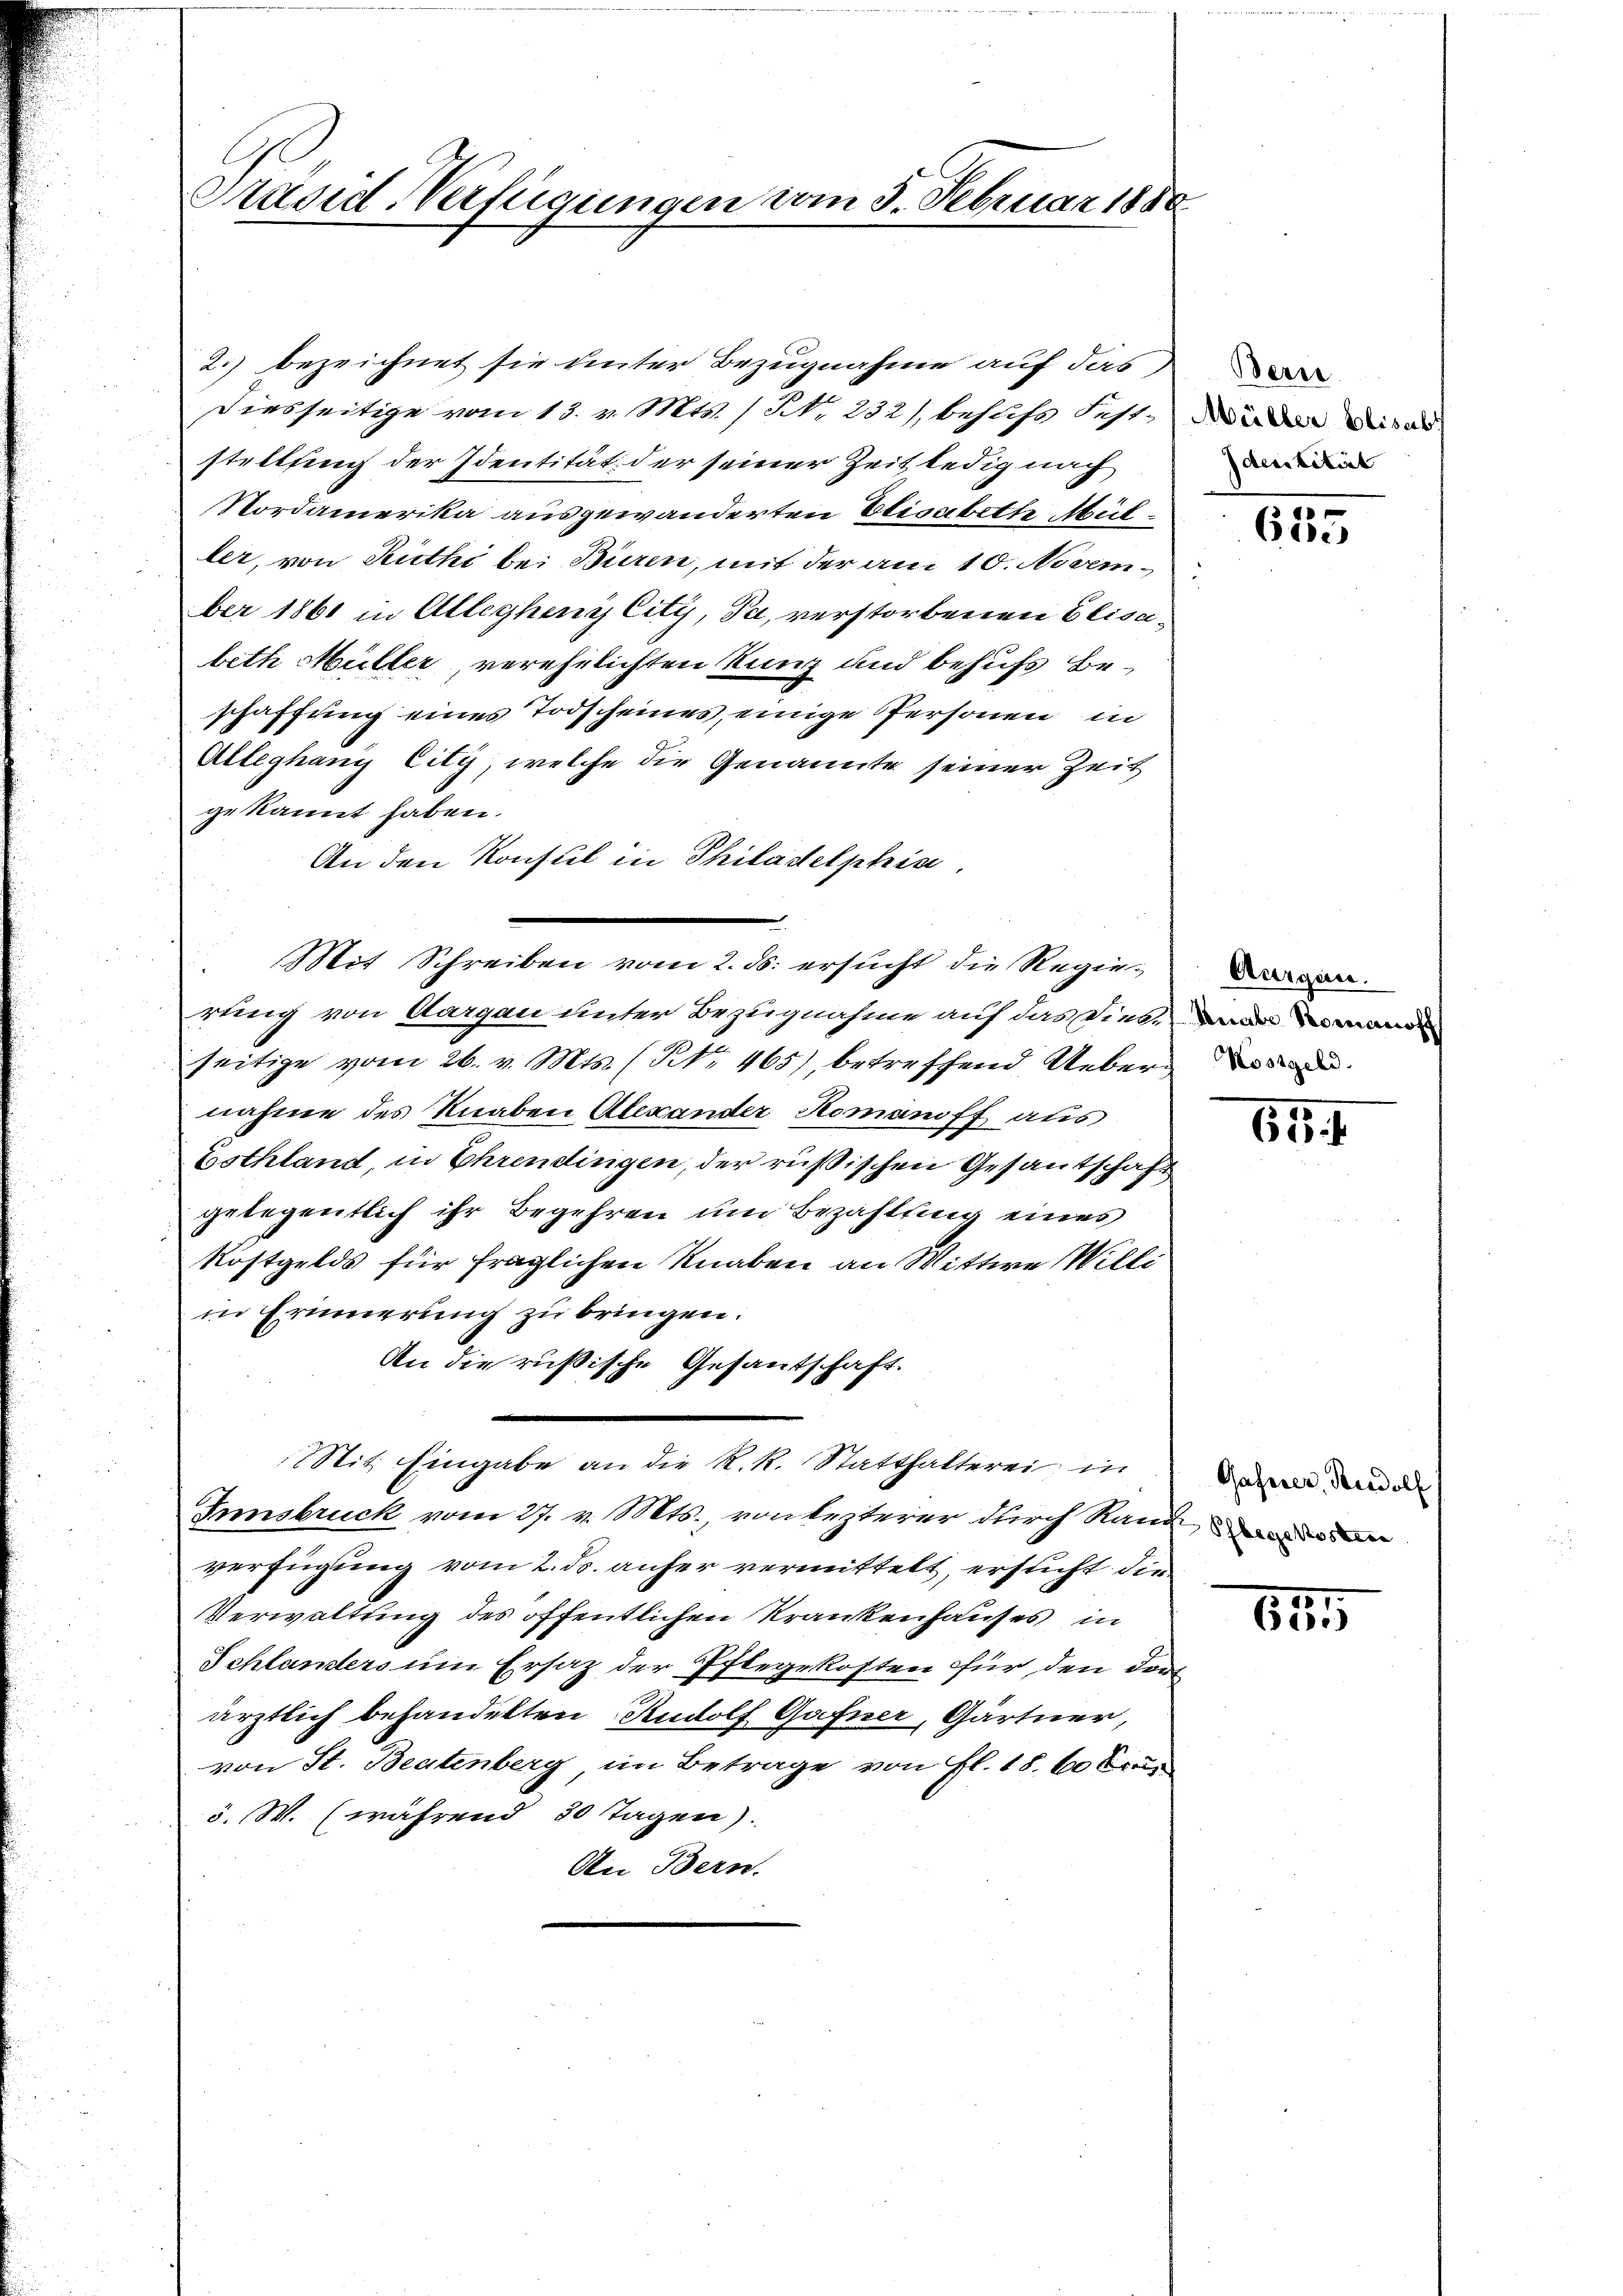
Präsid Verfügungen vom 5. Februar 1880

Diesseitige vom 13. v. Mts. / N. 232), behufs Feststellung der Identität der seiner Zeit ledig nach
Nordamerika ausgewanderten Elisabeth Müller, von Ruthi bei Buren, mit der am 10. November 1861 in Alleyheny City, Ja, verstorbenen Elisabeth Müller, verehelichten Kunz und behufs Beschaffung eines Todscheines, einige Personen in
Alleghang City, welche die Genannte seiner Zeit
gekannt haben.
An den Konsul in Philadelphia,
Mit Schreiben vom 2. ds. ersucht die Regierling von Aargau unter Bezugnahme auf das Vielmann
seitige vom 26. v. Mts. (Art. 465), betreffend Ueber du
nahme des Knaben Alexander Romaniff aus
Bothland, in Ehrendingen, der rußischen Gesantschaft
gelegentlich ihr Begehren um Bezahltung eines
Rostgelds für fraglichen Knaben an Wittwe Willi
in Erinnerung zu bringen.
An die russische Gesantschaft.
Stit. Eingabe an die R. R. Statthalterei in
Innsbruck vom 27. v. Mts., von lezterer durch Raud
verfügung vom 2. ds. anfer vermittelt, ersucht die¬
Verwaltung des öffentlichen Krankenhauses in
Schlanders um Ersatz der Pflegekosten für den der
ärztlich behandelten Rudolf Gafner, Gärtner,
von St. Beatenberg, im Betrage von fl. 18. 60 Fra
5. W. (während 20 Tagen).
An Bern.

2.) bezeichnet sie unter Bezugnahme auf das

Müller Elisab
Identität

615

Aurgen.

65. 1

Gaserer, Brodolf

18